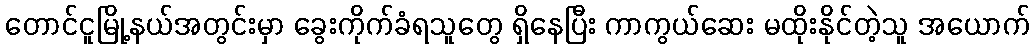
တောင်ငူမြို့နယ်အတွင်းမှာ ခွေးကိုက်ခံရသူတွေ ရှိနေပြီး ကာကွယ်ဆေး မထိုးနိုင်တဲ့သူ အယောက်